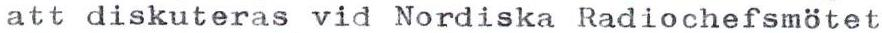
att diskuteras vid Nordiska Radiochefsmötet